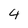
Character: 4